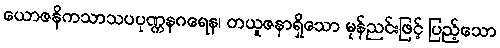
ယောဇနိကသာသပပုဏ္ဏနဂရေန၊ တယူဇနာရှိသော မုန်ညင်းဖြင့် ပြည့်သော